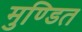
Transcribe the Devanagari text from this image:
मुण्डित